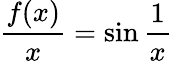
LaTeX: \frac{f(x)}{x}=\sin\frac{1}{x}